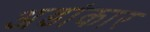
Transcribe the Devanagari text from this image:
अडांकार